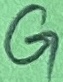
Text: G